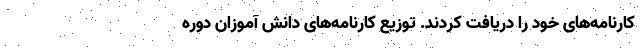
کارنامه‌های خود را دریافت کردند. توزیع کارنامه‌های دانش آموزان دوره